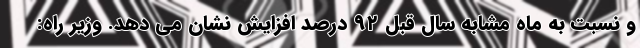
و نسبت به ماه مشابه سال قبل ۹۲ درصد افزایش نشان می دهد. وزیر راه: